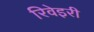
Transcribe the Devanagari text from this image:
रिवेइरी